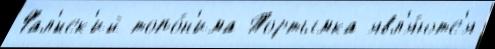
Фал'́нск'ий топо́н'има Тортымка явл'я́ютс'я